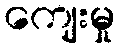
ကျေးမှု